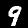
Digit: 9